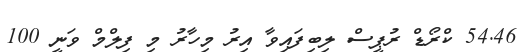
54.46 ކްރޯޑް ރުޕީސް ލިބިފައިވާ އިރު މިހާރު މި ފިލްމް ވަނީ 100